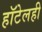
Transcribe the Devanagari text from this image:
हॉटेलही